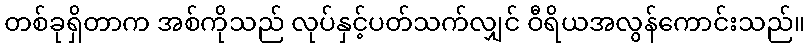
တစ်ခုရှိတာက အစ်ကိုသည် လုပ်နှင့်ပတ်သက်လျှင် ဝီရိယအလွန်ကောင်းသည်။